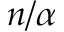
n / \alpha